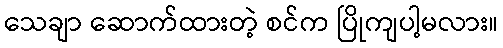
သေချာ ဆောက်ထားတဲ့ စင်က ပြိုကျပါ့မလား။